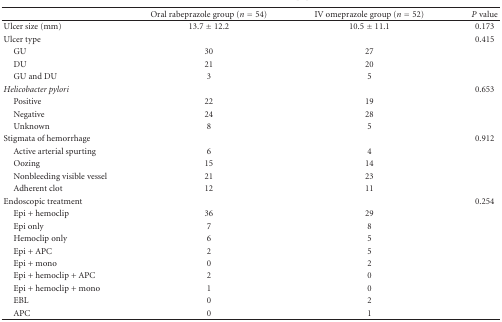
|  | Oral rabeprazole group (n = 54) | IV omeprazole group (n = 52) | P value |
 | --- | --- | --- | --- |
 | Ulcer size (mm) | 13.7 ± 12.2 | 10.5 ± 11.1 | 0.173 |
 | Ulcer type |  |  | 0.415 |
 | GU | 30 | 27 |  |
 | DU | 21 | 20 |  |
 | GU and DU | 3 | 5 |  |
 | Helicobacter pylori |  |  | 0.653 |
 | Positive | 22 | 19 |  |
 | Negative | 24 | 28 |  |
 | Unknown | 8 | 5 |  |
 | Stigmata of hemorrhage |  |  | 0.912 |
 | Active arterial spurting | 6 | 4 |  |
 | Oozing | 15 | 14 |  |
 | Nonbleeding visible vessel | 21 | 23 |  |
 | Adherent clot | 12 | 11 |  |
 | Endoscopic treatment |  |  | 0.254 |
 | Epi + hemoclip | 36 | 29 |  |
 | Epi only | 7 | 8 |  |
 | Hemoclip only | 6 | 5 |  |
 | Epi + APC | 2 | 5 |  |
 | Epi + mono | 0 | 2 |  |
 | Epi + hemoclip + APC | 2 | 0 |  |
 | Epi + hemoclip + mono | 1 | 0 |  |
 | EBL | 0 | 2 |  |
 | APC | 0 | 1 |  |